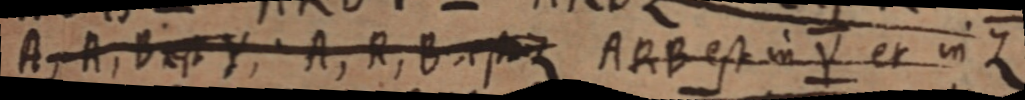
A, A, B est Y, A, R, B, est Z ARB est in Y et in Z